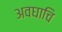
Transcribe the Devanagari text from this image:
अवघाचि